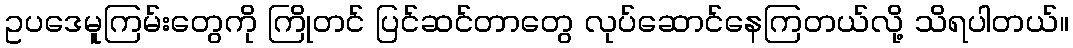
ဥပဒေမူကြမ်းတွေကို ကြိုတင် ပြင်ဆင်တာတွေ လုပ်ဆောင်နေကြတယ်လို့ သိရပါတယ်။